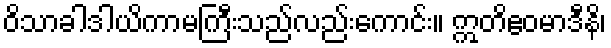
ဝိသာခါဒါယိကာမကြီးသည်လည်းကောင်း။ ဣတိဧဝမာဒီနိ၊